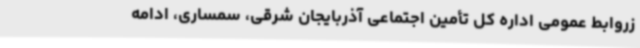
زروابط عمومی اداره کل تأمین اجتماعی آذربایجان شرقی، سمساری، ادامه